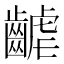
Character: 𪘽